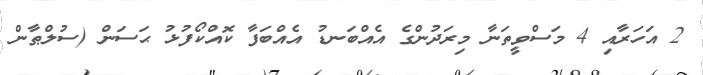
2 އަހަރާއި 4 މަސްވީތަނާ މިރަދުންގެ އެއްބަނޑު އެއްބަފާ ކޮއްކޯފުޅު ޙަސަން (ސުލްޠާން